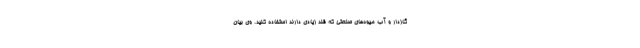
گازدار و آب میوه‌های صنعتی که قند زیادی دارند استفاده کنید. وی بیان